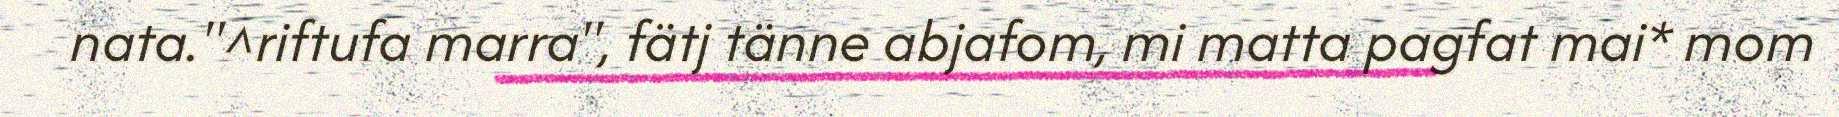
nata."^riftufa marra", fätj tänne abjafom, mi matta pagfat mai* mom